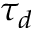
\tau _ { d }